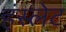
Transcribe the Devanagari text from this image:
हंस्लेट